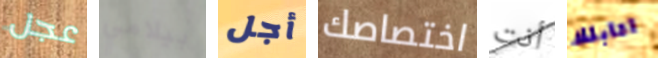
عجل بيلامي أجل اختصاصك أنت اقابلك